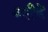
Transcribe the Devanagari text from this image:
बगीचें